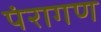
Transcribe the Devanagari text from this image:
पंरागण